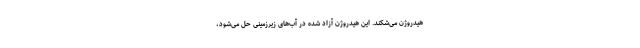
هیدروژن می‌شکند. این هیدروژن آزاد شده در آب‌های زیرزمینی حل می‌شود،